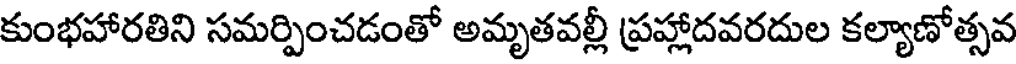
కుంభహారతిని సమర్పించడంతో అమృతవల్లీ ప్రహ్లాదవరదుల కల్యాణోత్సవ